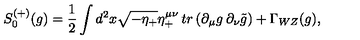
S _ { 0 } ^ { ( + ) } ( g ) = { \frac { 1 } { 2 } } \int d ^ { 2 } x \sqrt { - \eta _ { + } } \eta _ { + } ^ { \mu \nu } \: t r \left( \partial _ { \mu } g \: \partial _ { \nu } \tilde { g } \right) + \Gamma _ { W Z } ( g ) ,